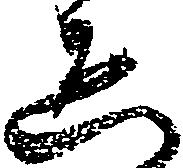
ゑ